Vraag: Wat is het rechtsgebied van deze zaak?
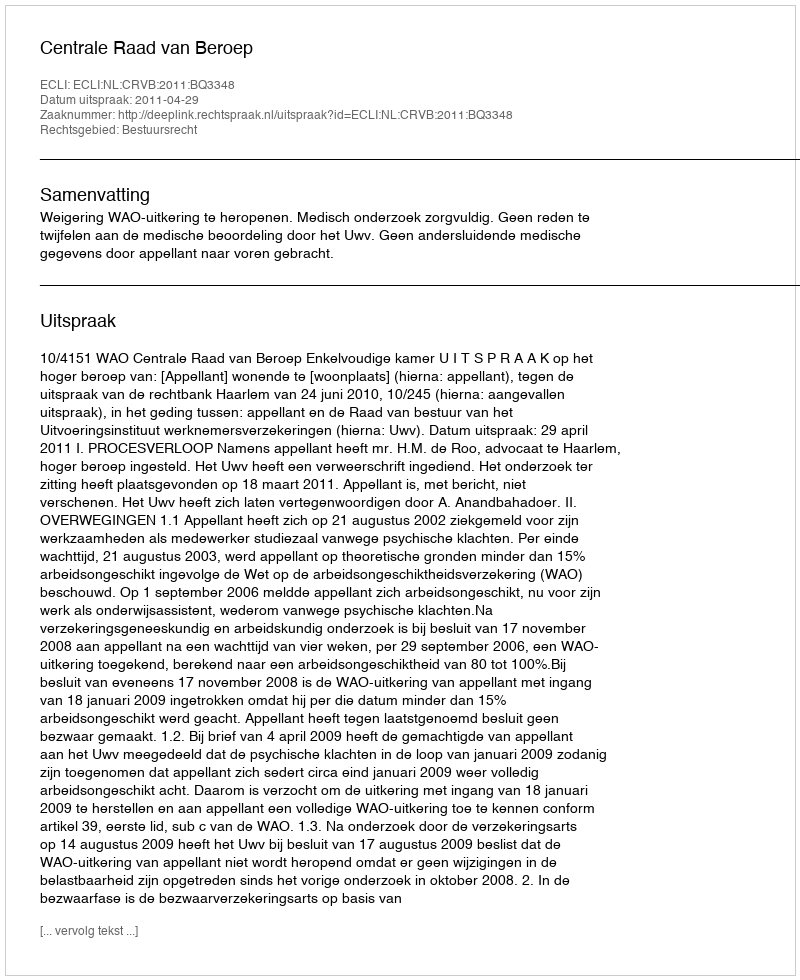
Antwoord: Bestuursrecht